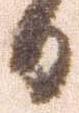
日